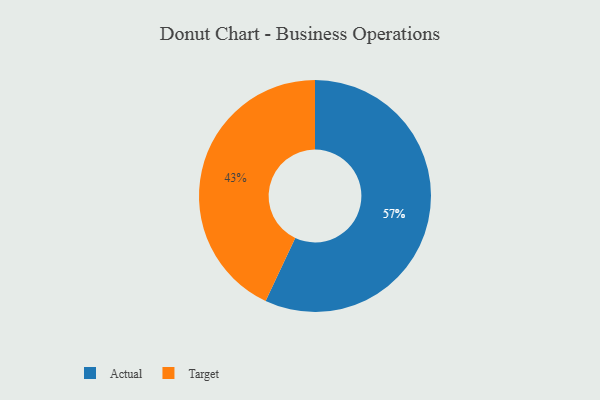
{"axis": {"x": "Category", "y": "Percentage"}, "legend": ["Actual", "Target"], "data": [{"x": "Actual", "y": 57, "type": "Actual"}, {"x": "Target", "y": 43, "type": "Target"}]}